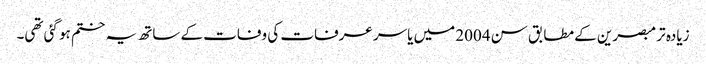
زیادہ تر مبصرین کے مطابق سن 2004 میں یاسر عرفات کی وفات کے ساتھ یہ ختم ہو گئی تھی۔